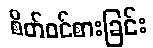
စိတ်ဝင်စားခြင်း